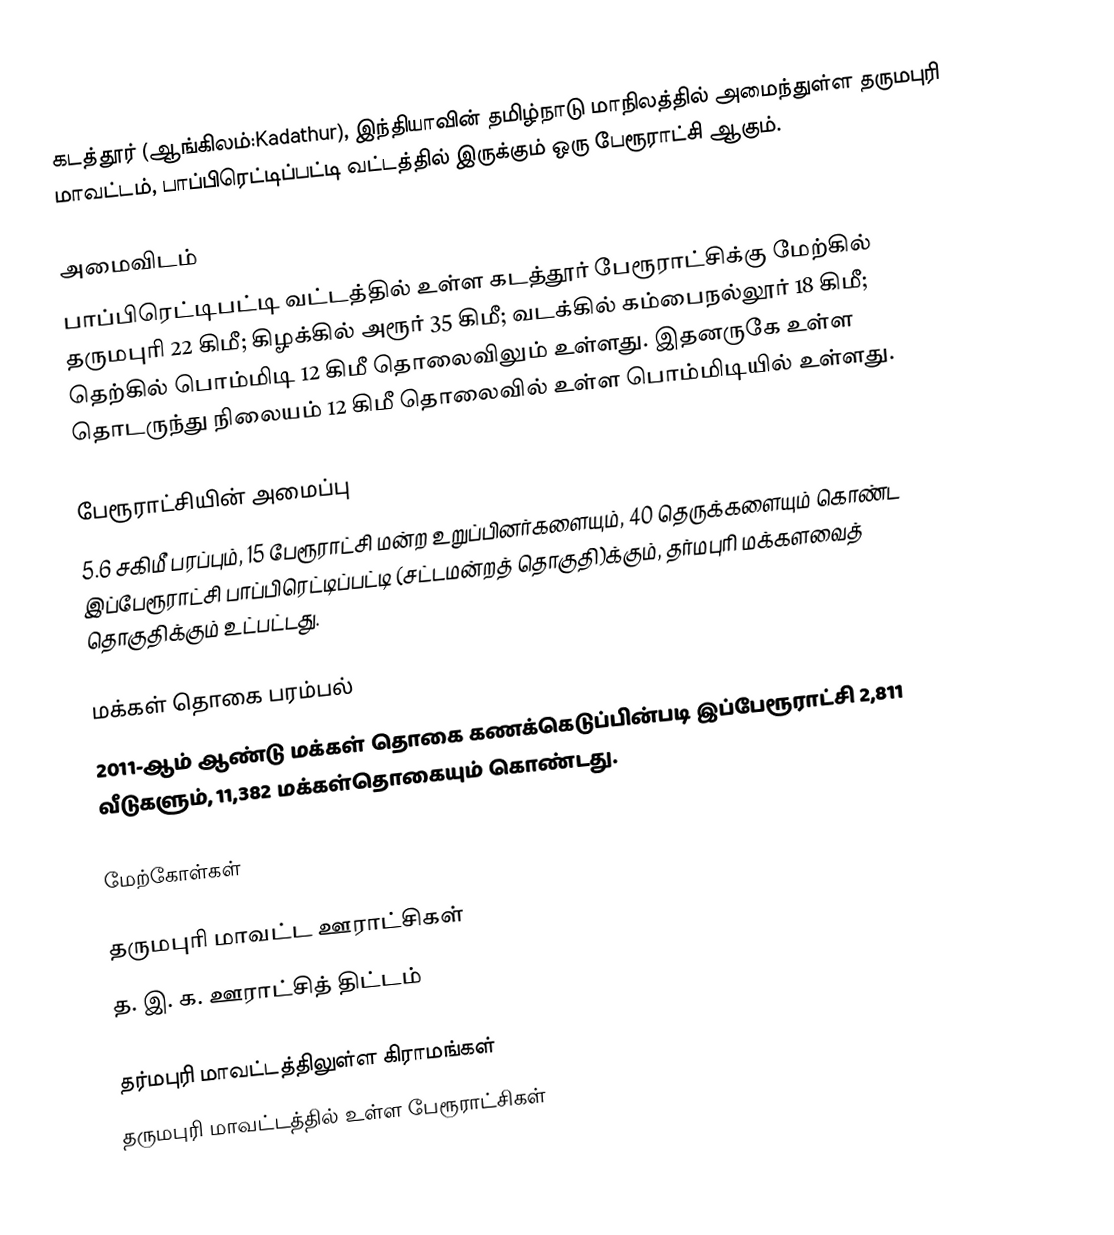
கடத்தூர் (ஆங்கிலம்:Kadathur), இந்தியாவின் தமிழ்நாடு மாநிலத்தில் அமைந்துள்ள தருமபுரி மாவட்டம், பாப்பிரெட்டிப்பட்டி வட்டத்தில் இருக்கும் ஒரு பேரூராட்சி ஆகும்.

அமைவிடம்
பாப்பிரெட்டிபட்டி வட்டத்தில் உள்ள கடத்தூர் பேரூராட்சிக்கு மேற்கில் தருமபுரி 22 கிமீ; கிழக்கில் அரூர் 35 கிமீ; வடக்கில் கம்பைநல்லூர் 18 கிமீ; தெற்கில் பொம்மிடி 12 கிமீ  தொலைவிலும் உள்ளது. இதனருகே உள்ள தொடருந்து நிலையம் 12 கிமீ தொலைவில் உள்ள பொம்மிடியில் உள்ளது.

பேரூராட்சியின் அமைப்பு
5.6 சகிமீ பரப்பும், 15  பேரூராட்சி மன்ற உறுப்பினர்களையும், 40 தெருக்களையும் கொண்ட இப்பேரூராட்சி பாப்பிரெட்டிப்பட்டி (சட்டமன்றத் தொகுதி)க்கும், தர்மபுரி மக்களவைத் தொகுதிக்கும் உட்பட்டது.

மக்கள் தொகை பரம்பல்
2011-ஆம் ஆண்டு மக்கள் தொகை கணக்கெடுப்பின்படி இப்பேரூராட்சி 2,811 வீடுகளும், 11,382 மக்கள்தொகையும் கொண்டது.

மேற்கோள்கள்

தருமபுரி மாவட்ட ஊராட்சிகள்
த. இ. க. ஊராட்சித் திட்டம்

தர்மபுரி மாவட்டத்திலுள்ள கிராமங்கள்
தருமபுரி மாவட்டத்தில் உள்ள பேரூராட்சிகள்